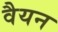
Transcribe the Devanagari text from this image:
वैयन